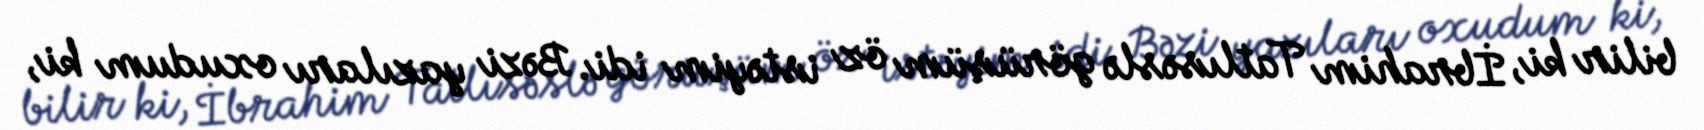
bilir ki, İbrahim Tatlısəslə görüşüm öz istəyim idi. Bəzi yazıları oxudum ki,